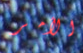
الأمر